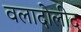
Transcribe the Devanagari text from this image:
वलादोलीद